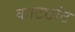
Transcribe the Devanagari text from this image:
काटछांट